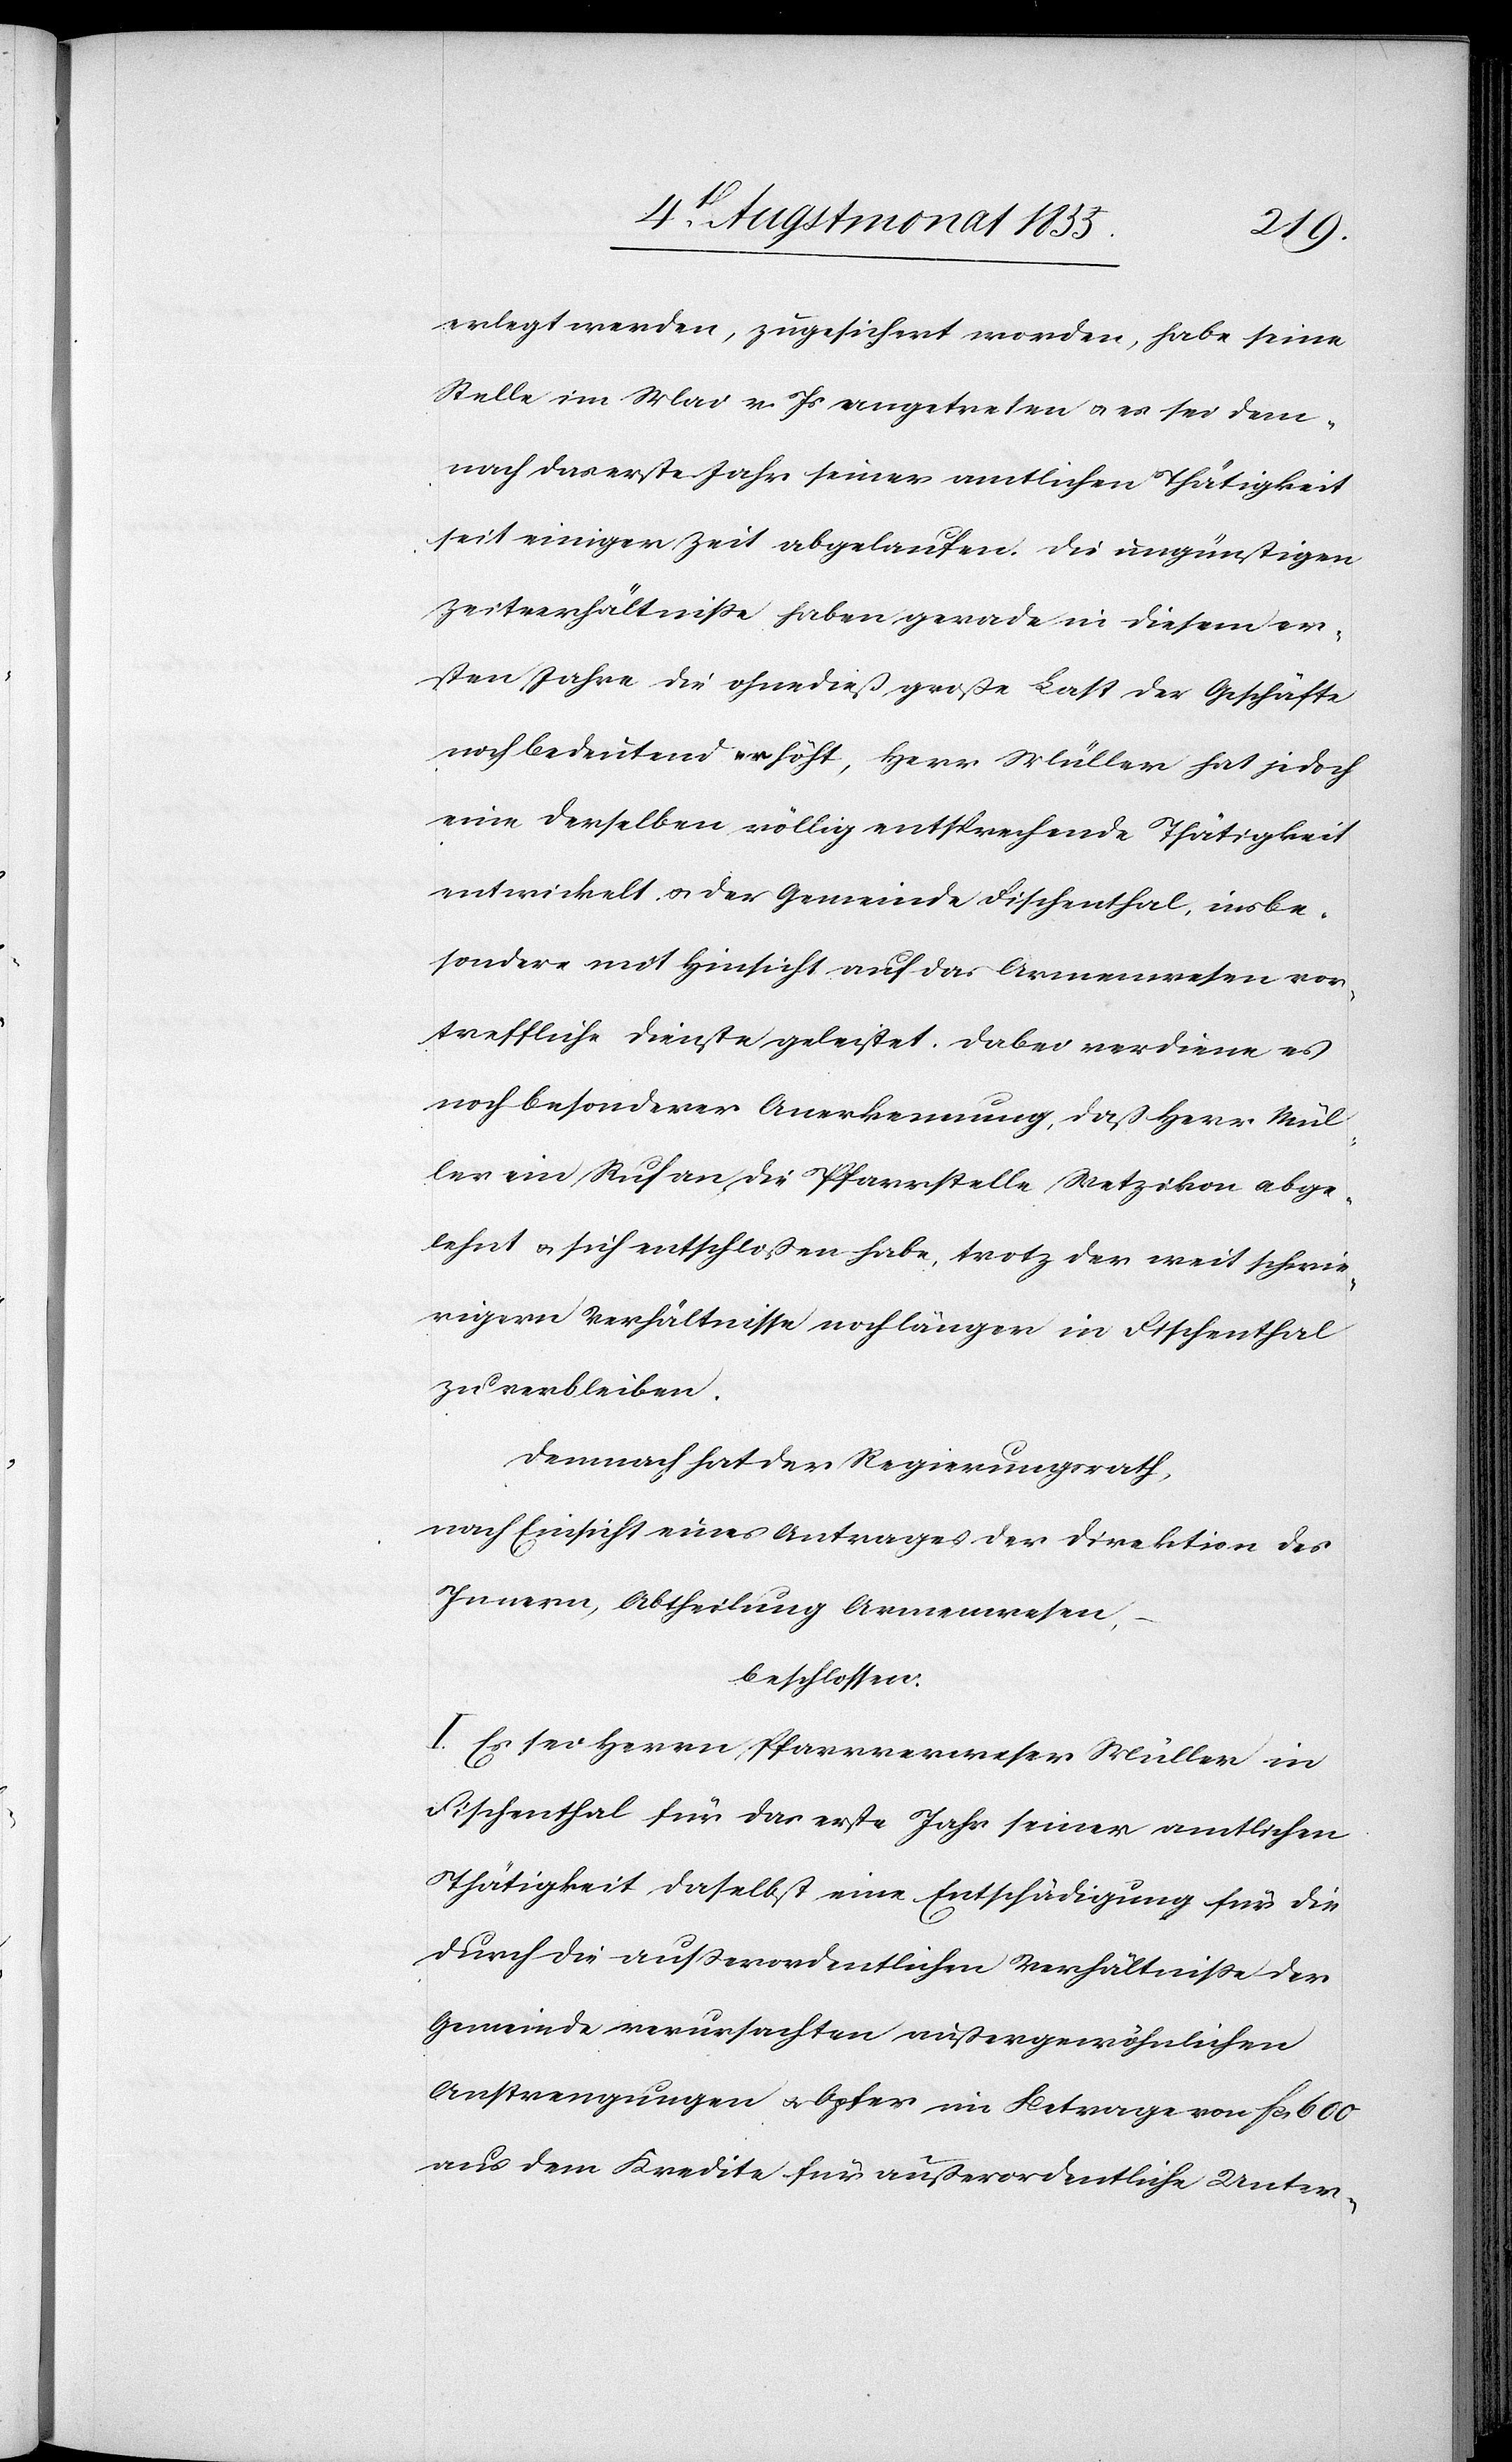
erlegt werden, zugesichert worden, habe seine
Stelle im Mai v. Js angetreten & es sei dem¬
nach das erste Jahr seiner amtlichen Thätigkeit
seit einiger Zeit abgelaufen. Die ungünstigen
Zeitverhältniße haben gerade in diesem er¬
sten Jahre die ohnedieß große Last der Geschäfte
noch bedeutend erhöht, Herr Müller hat jedoch
eine derselben völlig entsprechende Thätigkeit
entwickelt & der Gemeinde Fischenthal, insbe¬
sondere mit Hinsicht auf das Armenwesen vor¬
treffliche Dienste geleistet. Dabei verdiene es
noch besonderer Anerkennung, daß Herr Mül¬
ler ein Ruf an die Pfarrstelle Wetzikon abge¬
lehnt & sich entschloßen habe, trotz der weit schwie¬
rigern Verhältnisse noch länger in Fischenthal
zu verbleiben.
Demnach hat der Regierungsrath,
nach Einsicht eines Antrages der Direktion des
Innern, Abtheilung Armenwesen,
beschlossen:
I. Es sei Herrn Pfarrverweser Müller in
Fischenthal für das erste Jahr seiner amtlichen
Thätigkeit daselbst eine Entschädigung für die
durch die außerordentlichen Verhältniße der
Gemeinde verursachten außergewöhnlichen
Anstrengungen & Opfer im Betrage von Fcs 600
aus dem Kredite für außerordentliche Unter-